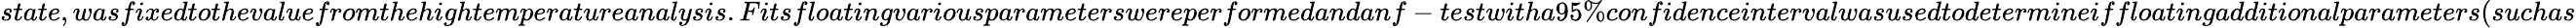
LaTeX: state,wasfixedtothevaluefromthehightemperatureanalysis.Fitsfloatingvariousparameterswereperformedandanf-testwitha95\% confidenceintervalwasusedtodetermineiffloatingadditionalparameters(suchas